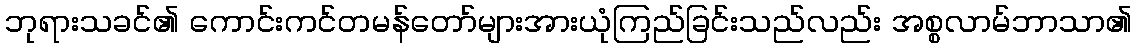
ဘုရားသခင်၏ ကောင်းကင်တမန်တော်များအားယုံကြည်ခြင်းသည်လည်း အစ္စလာမ်ဘာသာ၏